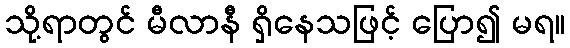
သို့ရာတွင် မီလာနီ ရှိနေသဖြင့် ပြော၍ မရ။